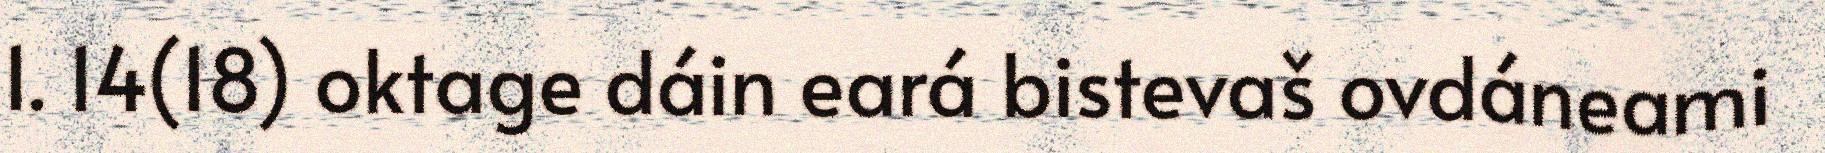
1. 14(18) oktage dáin eará bistevaš ovdáneami